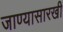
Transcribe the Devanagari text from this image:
जाण्यासारखी